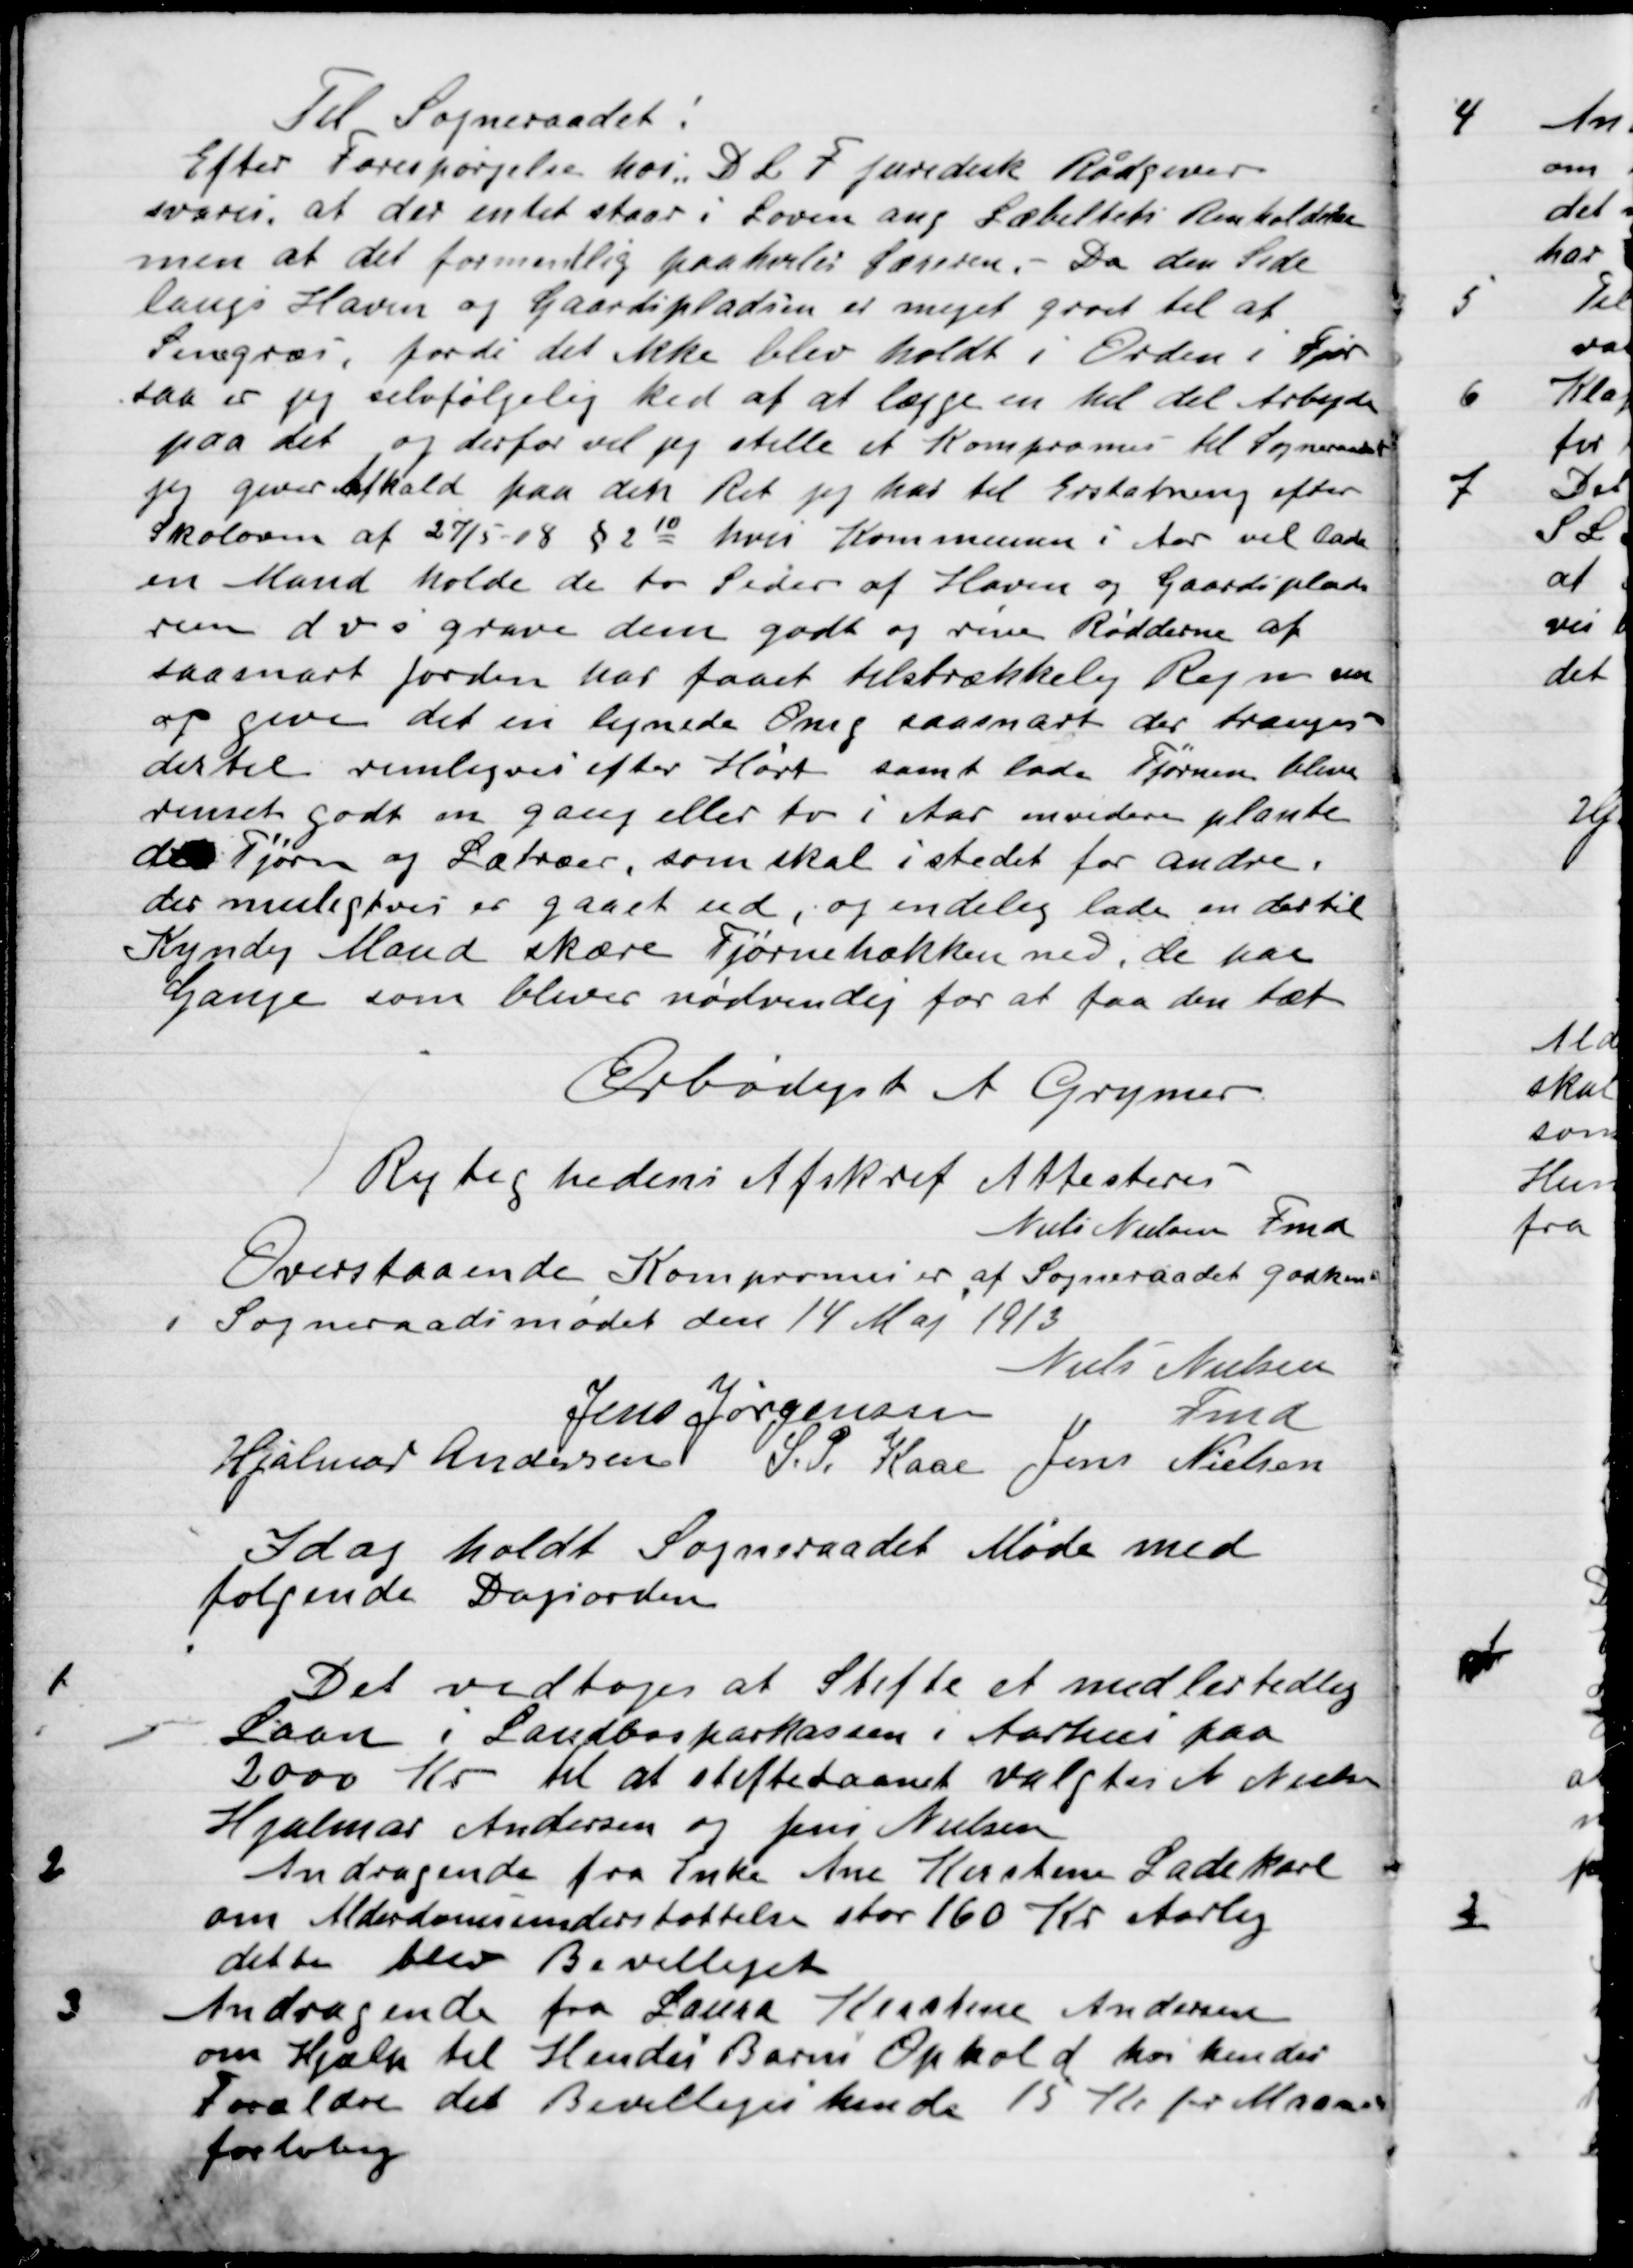
Transskription:
Til Sogneraadet:
Efter forespørgsel hos D. L. Fjuredeck Rådgiver
svares, at der intet staar i Loven ang. Særbetalt Renholdelse
men at det formentlig paaholdes Lærerne. – Da den Side
langs Haven og Gaardspladsen er meget groet til af
Senegræs, fordi det ikke blev holdt i Orden i Fjor
saa er jeg selvfølgelig ked af at lægge en hel del Arbejde
paa det og derfor vil jeg stille et Kompromis til Sogneraadet
jeg giver tilkald paa den Ret jeg har til Erstatning efter
Skoloven af 27/5 – 18 § 2 10 hvori Kommunen i Aar vil lade
en Mand holde de to Sider af Haven og Gaardspladsen
ren dvs. grave dem godt og rive Rødderne af
saa snart jorden har faaet tilstrækkelig Regn m
og give det en lignende Omg. saasnart der trænger
dertil rimeligvis efter Høst samt lade Tjørnen blive
renset godt en gang eller to i Aar endvidere plante
de Tjørn og Lætræer, som skal i stedet for andre,
der muligvis er gaaet ud, og endelig lade en dertil
Kyndig Mand skære Tjørnehækken ned, de faa
Gange som bliver nødvendig for at faa den tæt.
Ærbødigst A. Grymer

Rigtighedens Afskrift Attesteres
Niels Nielsen Fmd.
Overstaaende kompromiser af Sogneraadet godkendes

I Sogneraadsmødet den 14 Maj 1913

Niels Nielsen
Fmd.
Jens Jørgensen
Hjlmar Andersen
S. P. Kaas
Jens Nielsen

I dag holdt Sogneraadet Møde med
Følgende Dagsorden

1.

Det vedtoges at stifte et midlertidigt
Laan i Landbosparekassen i Aarhus paa
2000 Kr. til at stifte Laanet valgtes N. Nielsen
Hjalmar Andersen og Jens Nielsen.

2.

Andragende fra Enke Ane Kirstine Ladekarl
Om Alderdomsunderstøttelse stor 160 Kr. Aarlig
dette blev Bevilliget.

3.

Andragende fra Laura Kirstine Andersen
om Hjælp til Hendes Barns Ophold hos hendes
Forældre det Bevilliges hende 15 Kr. pr. Maaned
forbrug